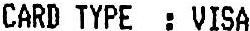
CARD TYPE : VISA